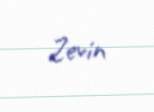
Zevin